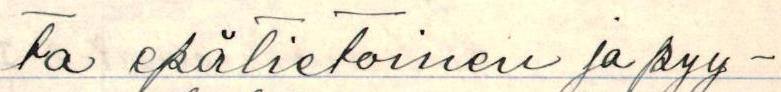
ta epätietoinen ja pyy-